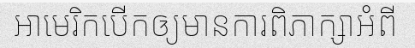
អាមេរិកបើកឲ្យមានការពិភាក្សាអំពី